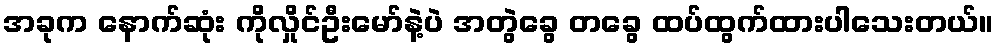
အခုက နောက်ဆုံး ကိုလှိုင်ဦးမော်နဲ့ပဲ အတွဲခွေ တခွေ ထပ်ထွက်ထားပါသေးတယ်။